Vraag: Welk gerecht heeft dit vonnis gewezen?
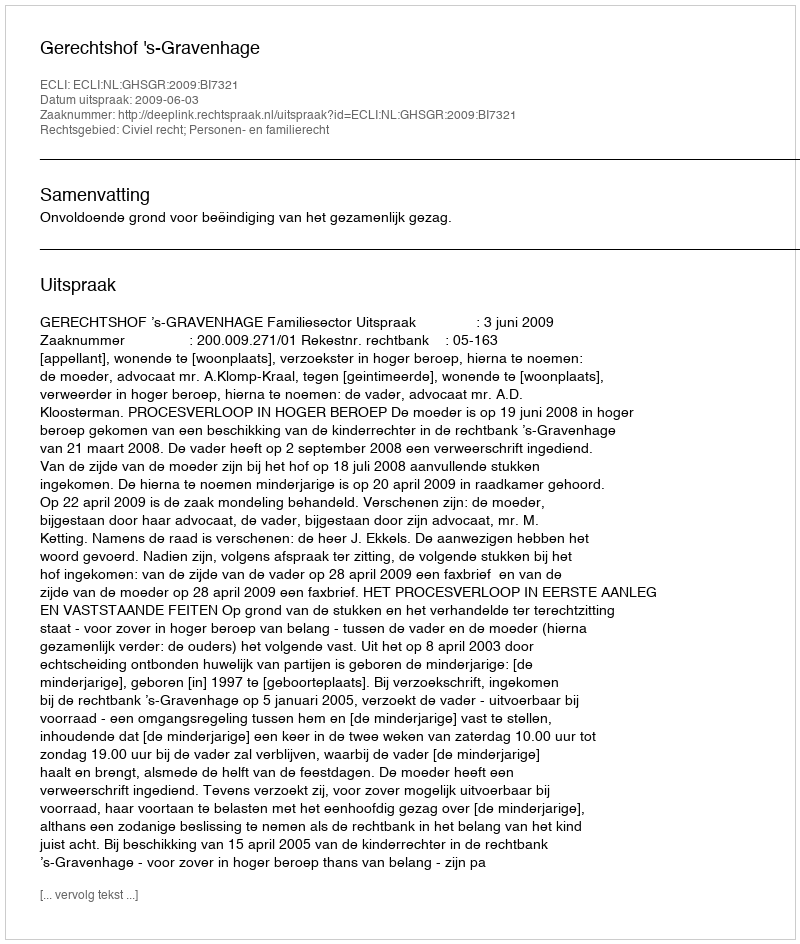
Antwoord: Gerechtshof 's-Gravenhage